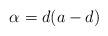
LaTeX: \begin{align*} \alpha=d(a-d)\end{align*}